Lock hospitals Punjab
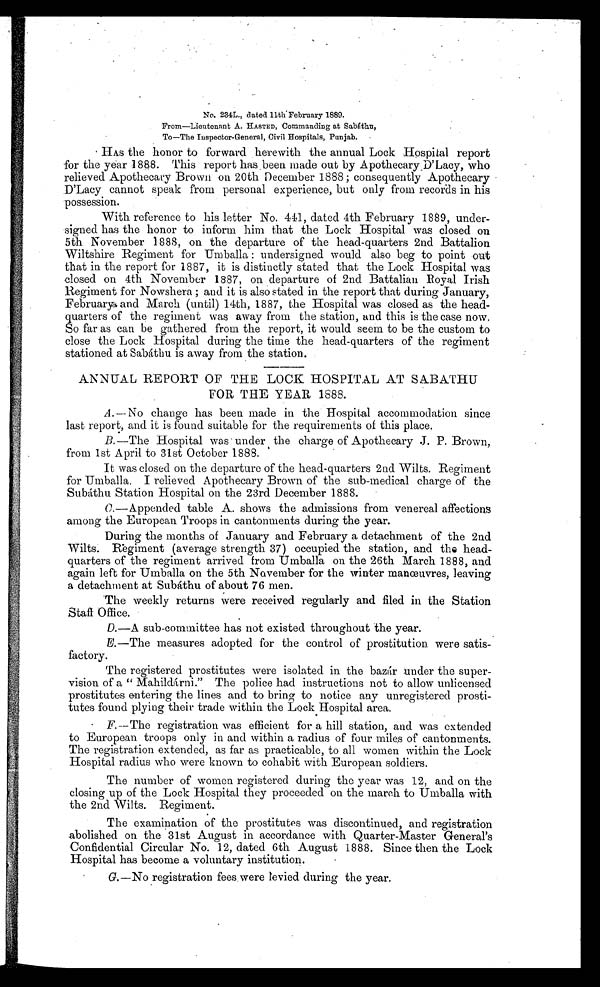
No. 234L., dated llth February 1889.
From—Lieutenant A. HASTED, Commanding at Sabáthn,
To—The Inspector-General, Civil Hospitals, Punjab.
HAS the honor to forward herewith the annual Lock Hospital report
for the year 1888. This report has been made out by Apothecary D'Lacy, who
relieved Apothecary Brown on 20th December 1888; consequently Apothecary
D'Lacy cannot speak from personal experience, but only from records in his
possession.
With reference to his letter No. 411, dated 4th February 1889, under-
signed has the honor to inform him that the Lock Hospital was closed on
5th November 1888, on the departure of the head-quarters 2nd Battalion
Wiltshire Regiment for Umballa : undersigned would also beg to point out
that in the report for 1887, it is distinctly stated that the Lock Hospital was
closed on 4th November 1887, on departure of 2nd Battalion Royal Irish
Regiment for Nowshera ; and it is also stated in the report that during January,
February and March (until) 14th, 1887, the Hospital was closed as the head-
quarters of the regiment was away from the station, and this is the case now,
So far as can be gathered from the report, it would seem to be the custom to
close the Lock Hospital during the time the head-quarters of the regiment
stationed at Sabáthu is away from the station.
ANNUAL REPORT OF THE LOCK HOSPITAL AT SABATHU
FOR THE YEAR 1888.
A .— No change has been made in the Hospital accommodation since
last report, and it is found suitable for the requirements of this place.
B.—The Hospital was under the charge of Apothecary J. P. Brown,
from 1st April to 31st October 1888.
It was closed on the departure of the head-quarters 2nd Wilts. Regiment
for Umballa. I relieved Apothecary Brown of the sub-medical charge of the
Subáthu Station Hospital on the 23rd December 1888.
O.—Appended table A. shows the admissions from venereal affections
among the European Troops in cantonments during the year.
During the months of January and February a detachment of the 2nd
Wilts. Regiment (average strength 37) occupied the station, and the head-
quarters of the regiment arrived from Umballa on the 26th March 1888, and
again left for Umballa on the 5th November for the winter manœuvres, leaving
a detachment at Subáthu of about 76 men.
The weekly returns were received regularly and filed in the Station
Staff Office.
D.—A sub-committee has not existed throughout the year.
E.—The measures adopted for the control of prostitution were satis-
factory.
The registered prostitutes were isolated in the bazár under the super-
vision of a " Mahildárni." The police had instructions not to allow unlicensed
prostitutes entering the lines and to bring to notice any unregistered prosti-
tutes found plying their trade within the Lock Hospital area.
F.—The registration was efficient for a hill station, and was extended
to European troops only in and within a radius of four miles of cantonments.
The registration extended, as far as practicable, to all women within the Lock
Hospital radius who were known to cohabit with European soldiers.
The number of women registered during the year was 12, and on the
closing up of the Lock Hospital they proceeded on the march to Umballa with
the 2nd Wilts. Regiment.
The examination of the prostitutes was discontinued, and registration
abolished on the 31st August in accordance with Quarter-Master General's
Confidential Circular No. 12, dated 6th August 1888. Since then the Lock
Hospital has become a voluntary institution.
G.—No registration fees were levied during the year.